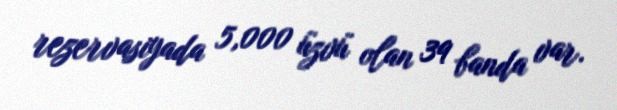
rezervasiyada 5,000 üzvü olan 39 banda var.